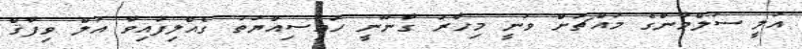
އަލީ ސަލްމާންގެ މައްޗަށް ވަނީ މިހާރު ގާނޫނީ ހައިސިއްޔަތު ގެއްލިފައިވާ އަލް ވިފާޤް